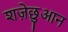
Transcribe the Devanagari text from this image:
शज़ेछुआन